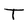
Character: T